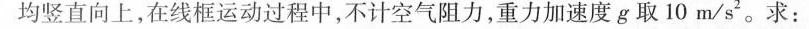
均竖直向上，在线框运动过程中，不计空气阻力，重力加速度g取10m/s^{2}。求：